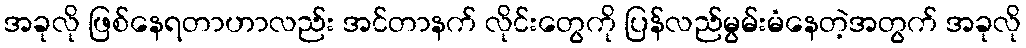
အခုလို ဖြစ်နေရတာဟာလည်း အင်တာနက် လိုင်းတွေကို ပြန်လည်မွမ်းမံနေတဲ့အတွက် အခုလို